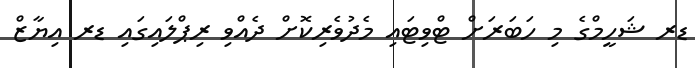
ޑރ ޝަހީމްގެ މި ހަބަރަށް ޓްވިޓައި މެދުވެރިކޮށް ދެއްވި ރިޕްލައިގައި ޑރ އިޔާޒް